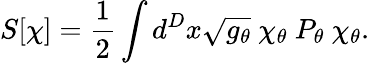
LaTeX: S[\chi]={\frac{1}{2}}\int d^{D}x\sqrt{g_{\theta}}\ \chi_{\theta}\ P_{\theta}\ \chi_{\theta}.